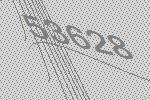
53628